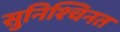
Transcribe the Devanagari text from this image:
सुनिश्चिनत